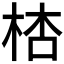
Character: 𣒙